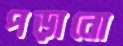
পড়ানো